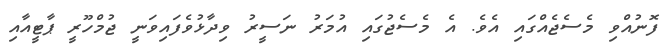
ފޮނުއްވި މެސެޖެއްގައި އެވެ. އެ މެސެޖުގައި އުމަރު ނަސީރު ވިދާޅުވެފައިވަނީ ޖުމްހޫރީ ޕާޓީއާއި